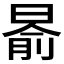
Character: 𣈯